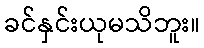
ခင်နှင်းယုမသိဘူး။